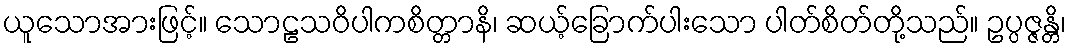
ယူသောအားဖြင့်။ သောဠသဝိပါကစိတ္တာနိ၊ ဆယ့်ခြောက်ပါးသော ပါတ်စိတ်တို့သည်။ ဥပ္ပဇ္ဇန္တိ၊